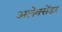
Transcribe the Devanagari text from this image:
अलेक्सेंडर